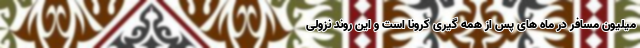
میلیون مسافر در ماه های پس از همه گیری کرونا است و این روند نزولی